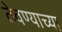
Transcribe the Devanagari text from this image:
ठेवण्‍याच्‍या